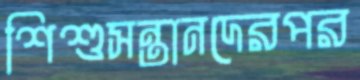
শিশুসন্তানদেরপর